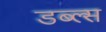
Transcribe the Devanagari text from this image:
डब्ल्स